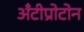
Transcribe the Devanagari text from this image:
अँटीप्रोटोन